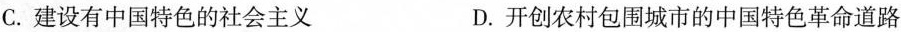
C.建设有中国特色的社会主义 D.开创农村包围城市的中国特色革命道路